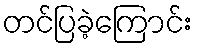
တင်ပြခဲ့ကြောင်း